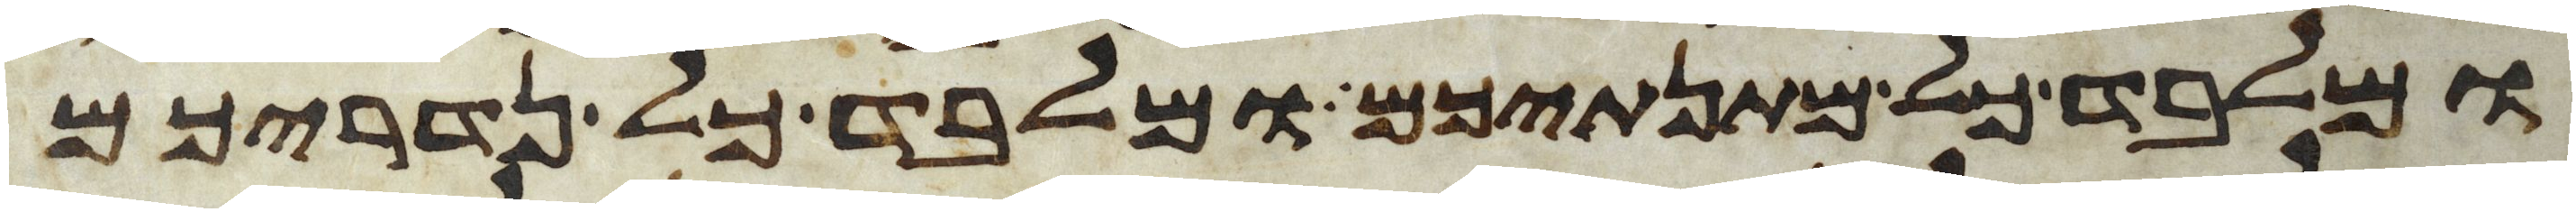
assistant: ומלבד כל מתנתיכם ומלבד כל נדריכם